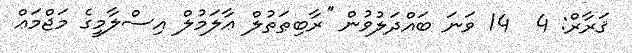
ޤަރާރް: 4  14 ވަނަ ބައްދަލުވުން ''ރާބިޠަތުލް ޢާލަމުލް އިސްލާމީގެ މަޖްމަޢް